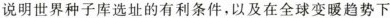
说明世界种子库选址的有利条件，以及在全球变暖趋势下